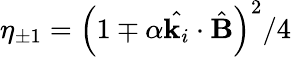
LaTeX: \eta_{\pm 1}=\left(1\mp\alpha\hat{\textbf{k}_{i}}\cdot\hat{\textbf{B}}\right)^{2}/4